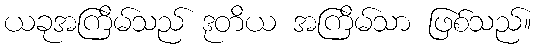
ယခုအကြိမ်သည် ဒုတိယ အကြိမ်သာ ဖြစ်သည်။